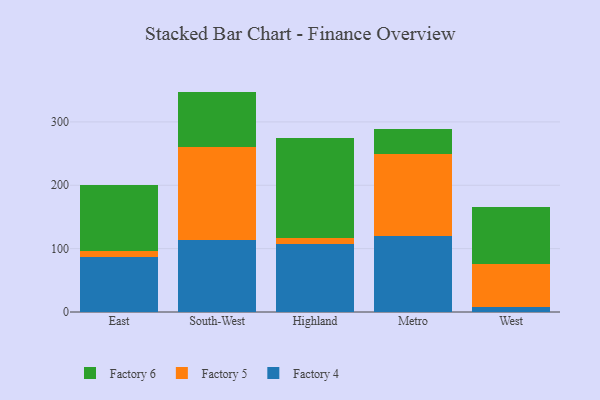
{"axis": {"x": "Region", "y": "Market Share (%)"}, "legend": ["Factory 4", "Factory 5", "Factory 6"], "data": [{"x": "East", "y": 86.7, "type": "Factory 4"}, {"x": "East", "y": 8.9, "type": "Factory 5"}, {"x": "East", "y": 105.1, "type": "Factory 6"}, {"x": "South-West", "y": 114.3, "type": "Factory 4"}, {"x": "South-West", "y": 146.1, "type": "Factory 5"}, {"x": "South-West", "y": 87.4, "type": "Factory 6"}, {"x": "Highland", "y": 106.7, "type": "Factory 4"}, {"x": "Highland", "y": 9.8, "type": "Factory 5"}, {"x": "Highland", "y": 158.3, "type": "Factory 6"}, {"x": "Metro", "y": 119.6, "type": "Factory 4"}, {"x": "Metro", "y": 129.1, "type": "Factory 5"}, {"x": "Metro", "y": 39.4, "type": "Factory 6"}, {"x": "West", "y": 8.3, "type": "Factory 4"}, {"x": "West", "y": 68.1, "type": "Factory 5"}, {"x": "West", "y": 89.3, "type": "Factory 6"}]}